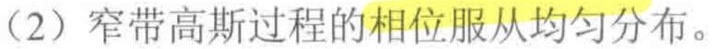
（2）窄带高斯过程的相位服从均匀分布。